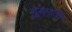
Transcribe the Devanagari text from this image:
अनंतराय